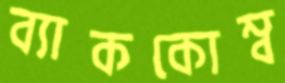
ব্যাককোম্ব